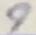
Text: 9